65_HS1-834228961_62-HQ-83894_Section_2
Agency: FBI
Page 119
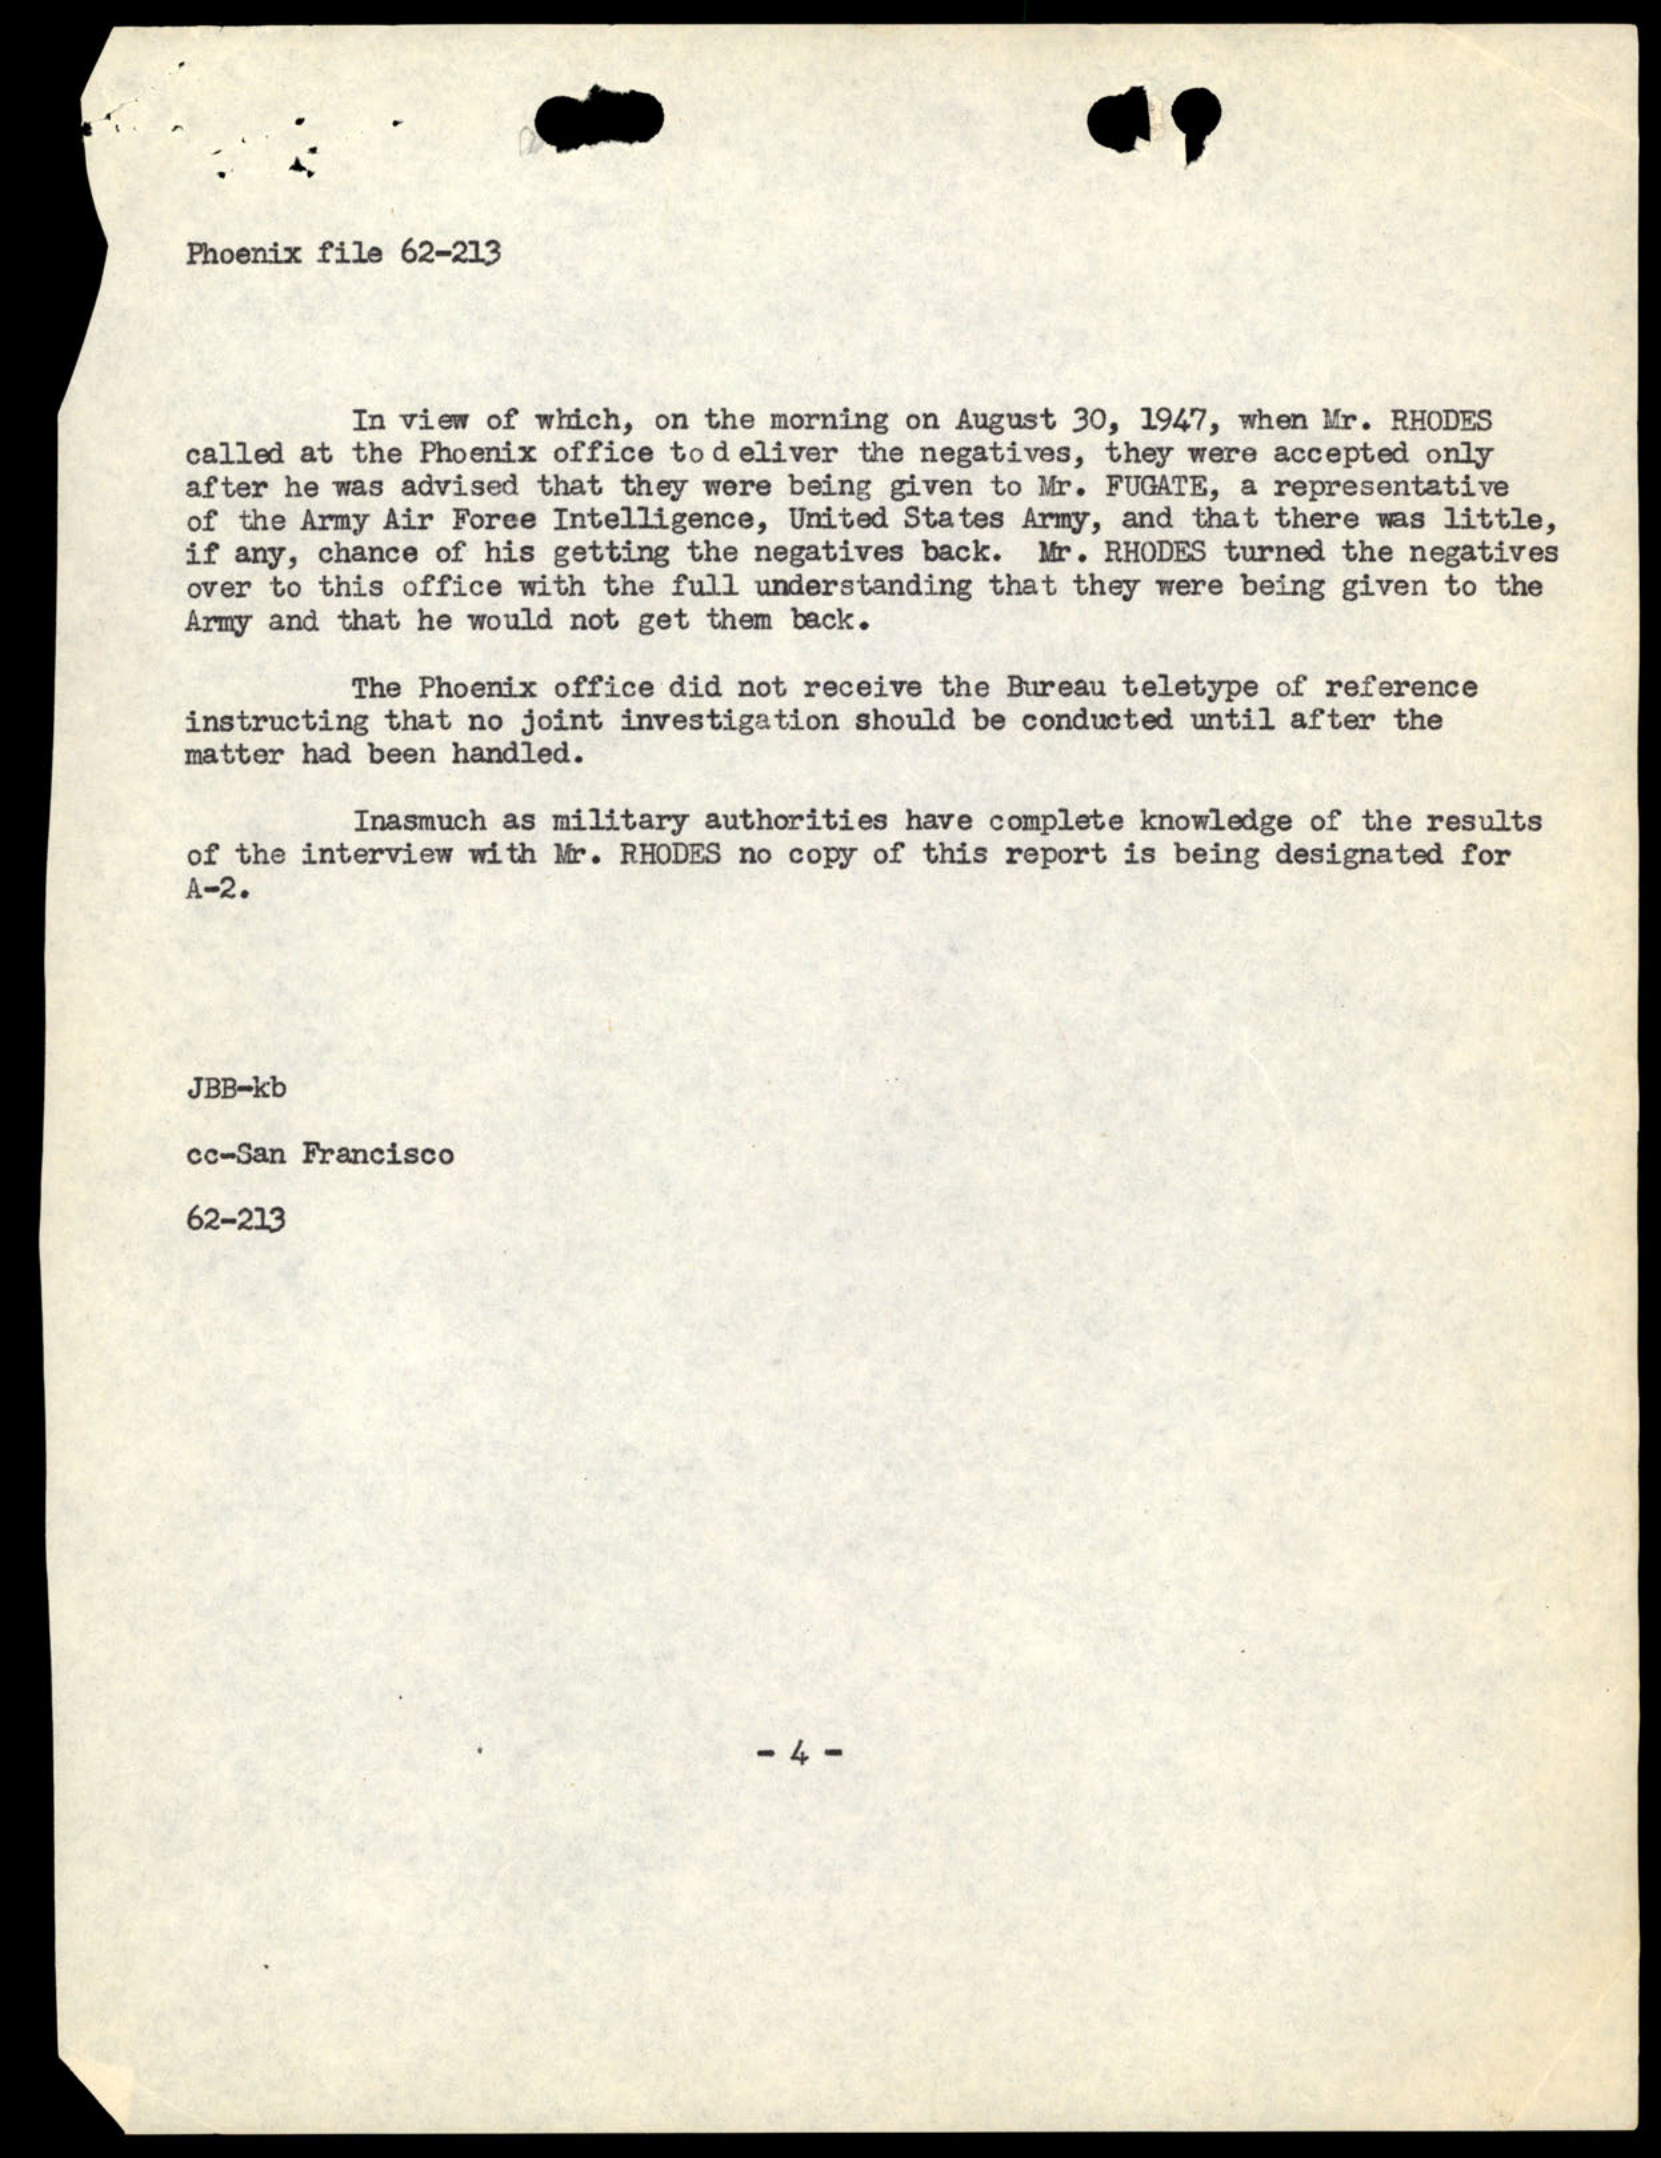